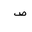
Letter: _sad